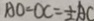
A O = O C = \frac { 1 } { 2 } A C